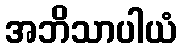
အဘိသာပါယံ